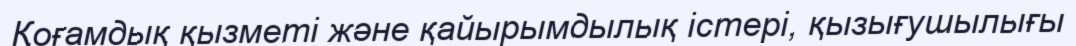
Қоғамдық қызметі және қайырымдылық істері, қызығушылығы